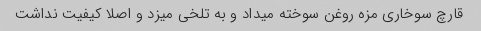
قارچ سوخاری مزه روغن سوخته میداد و به تلخی میزد و اصلا کیفیت نداشت